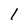
Character: 1